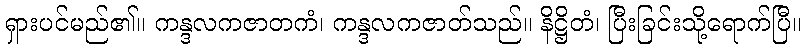
ရှားပင်မည်၏။ ကန္ဒလကဇာတကံ၊ ကန္ဒလကဇာတ်သည်။ နိဋ္ဌိတံ၊ ပြီးခြင်းသို့ရောက်ပြီ။